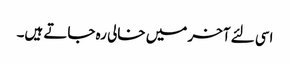
اسی لئے آخر میں خالی رہ جاتے ہیں۔